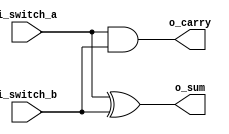
//This program implements a half adder with two switches adn two LEDs

module half_adder

	(input i_switch_a,
	input i_switch_b,
	output o_sum, 
	output o_carry);
	
	assign o_sum = i_switch_a ^ i_switch_b;
	assign o_carry = i_switch_a & i_switch_b;


endmodule